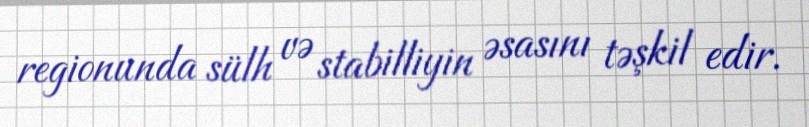
regionunda sülh və stabilliyin əsasını təşkil edir.